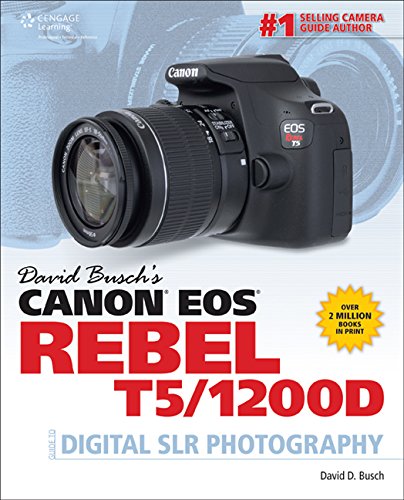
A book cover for David Busch's Canon EOS Rebel T5/1200D Guide to Digital SLR Photography (David Busch's Digital Photography Guides); David D. Busch; Arts & Photography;